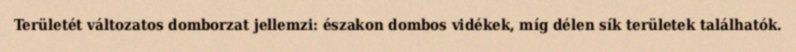
Területét változatos domborzat jellemzi: északon dombos vidékek, míg délen sík területek találhatók.